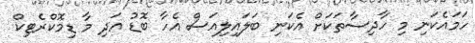
ހަމައެކަނި މި ހާދިސާތަކަށް އެކަނި ބަލައިލިއަސް އެހާ ބޮޑު އަދި މާ ޑިމޮކްރެޓިކް